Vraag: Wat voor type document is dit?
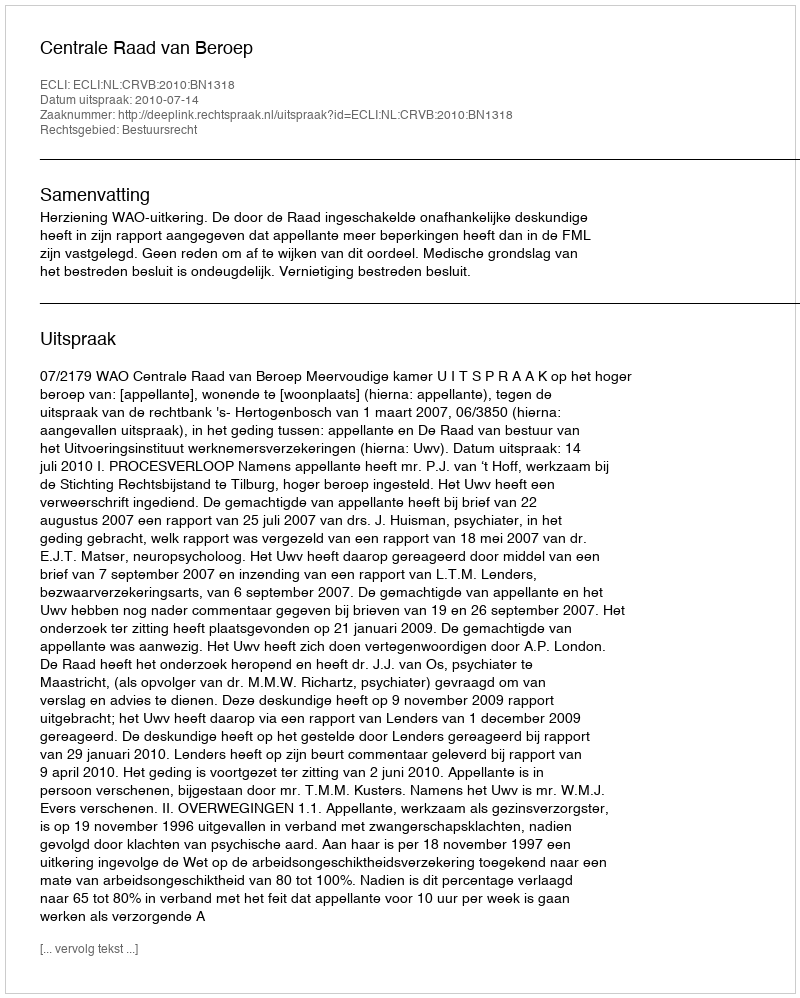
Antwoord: Uitspraak